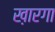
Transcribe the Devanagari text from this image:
ख़ारगा